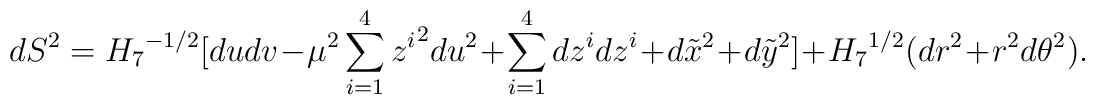
dS^2 = {H_7}^{-1/2} [ du dv - \mu^2\sum_{i=1}^4 {z^i}^2 du^2 + \sum_{i=1}^4 dz^i dz^i + d\tilde x^2 + d\tilde{y}^2 ] + {H_7}^{1/2} (dr^2 + r^2 d{\theta}^2).